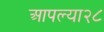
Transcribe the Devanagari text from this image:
आपल्या२८